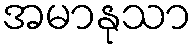
အမာနုသာ